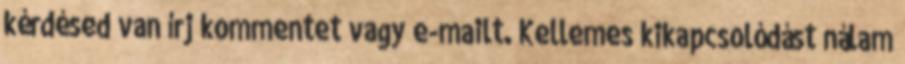
kérdésed van írj kommentet vagy e-mailt. Kellemes kikapcsolódást nálam